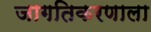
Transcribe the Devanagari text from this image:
जागतिकरणाला